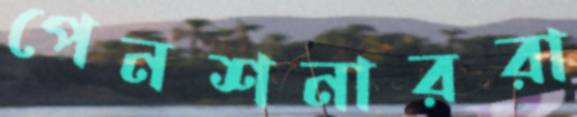
পেনশনাররা